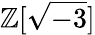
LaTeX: \mathbb{Z}[{\sqrt{-3}}]